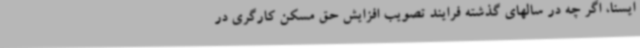
ایسنا، اگر چه در سالهای گذشته فرایند تصویب افزایش حق مسکن کارگری در